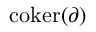
{ \mathrm { c o k e r } } ( \partial )